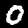
Label: 0